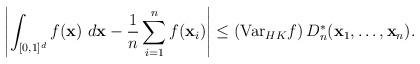
LaTeX: \begin{align*} \left|\int_{[0,1]^d} f(\mathbf{x})~d\mathbf{x} - \frac{1}{n} \sum_{i=1}^n f(\mathbf{x}_i) \right| \leq \left(\textup{Var}_{HK} f \right) D_n^* (\mathbf{x}_1, \dots, \mathbf{x}_n).\end{align*}